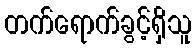
တက်ရောက်ခွင့်ရှိသူ